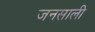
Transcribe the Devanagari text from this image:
जनसाली